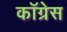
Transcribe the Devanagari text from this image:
काॅग्रेेस